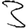
Digit: 3